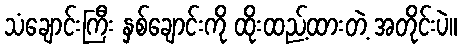
သံချောင်းကြီး နှစ်ချောင်းကို ထိုးထည့်ထားတဲ့ အတိုင်းပဲ။